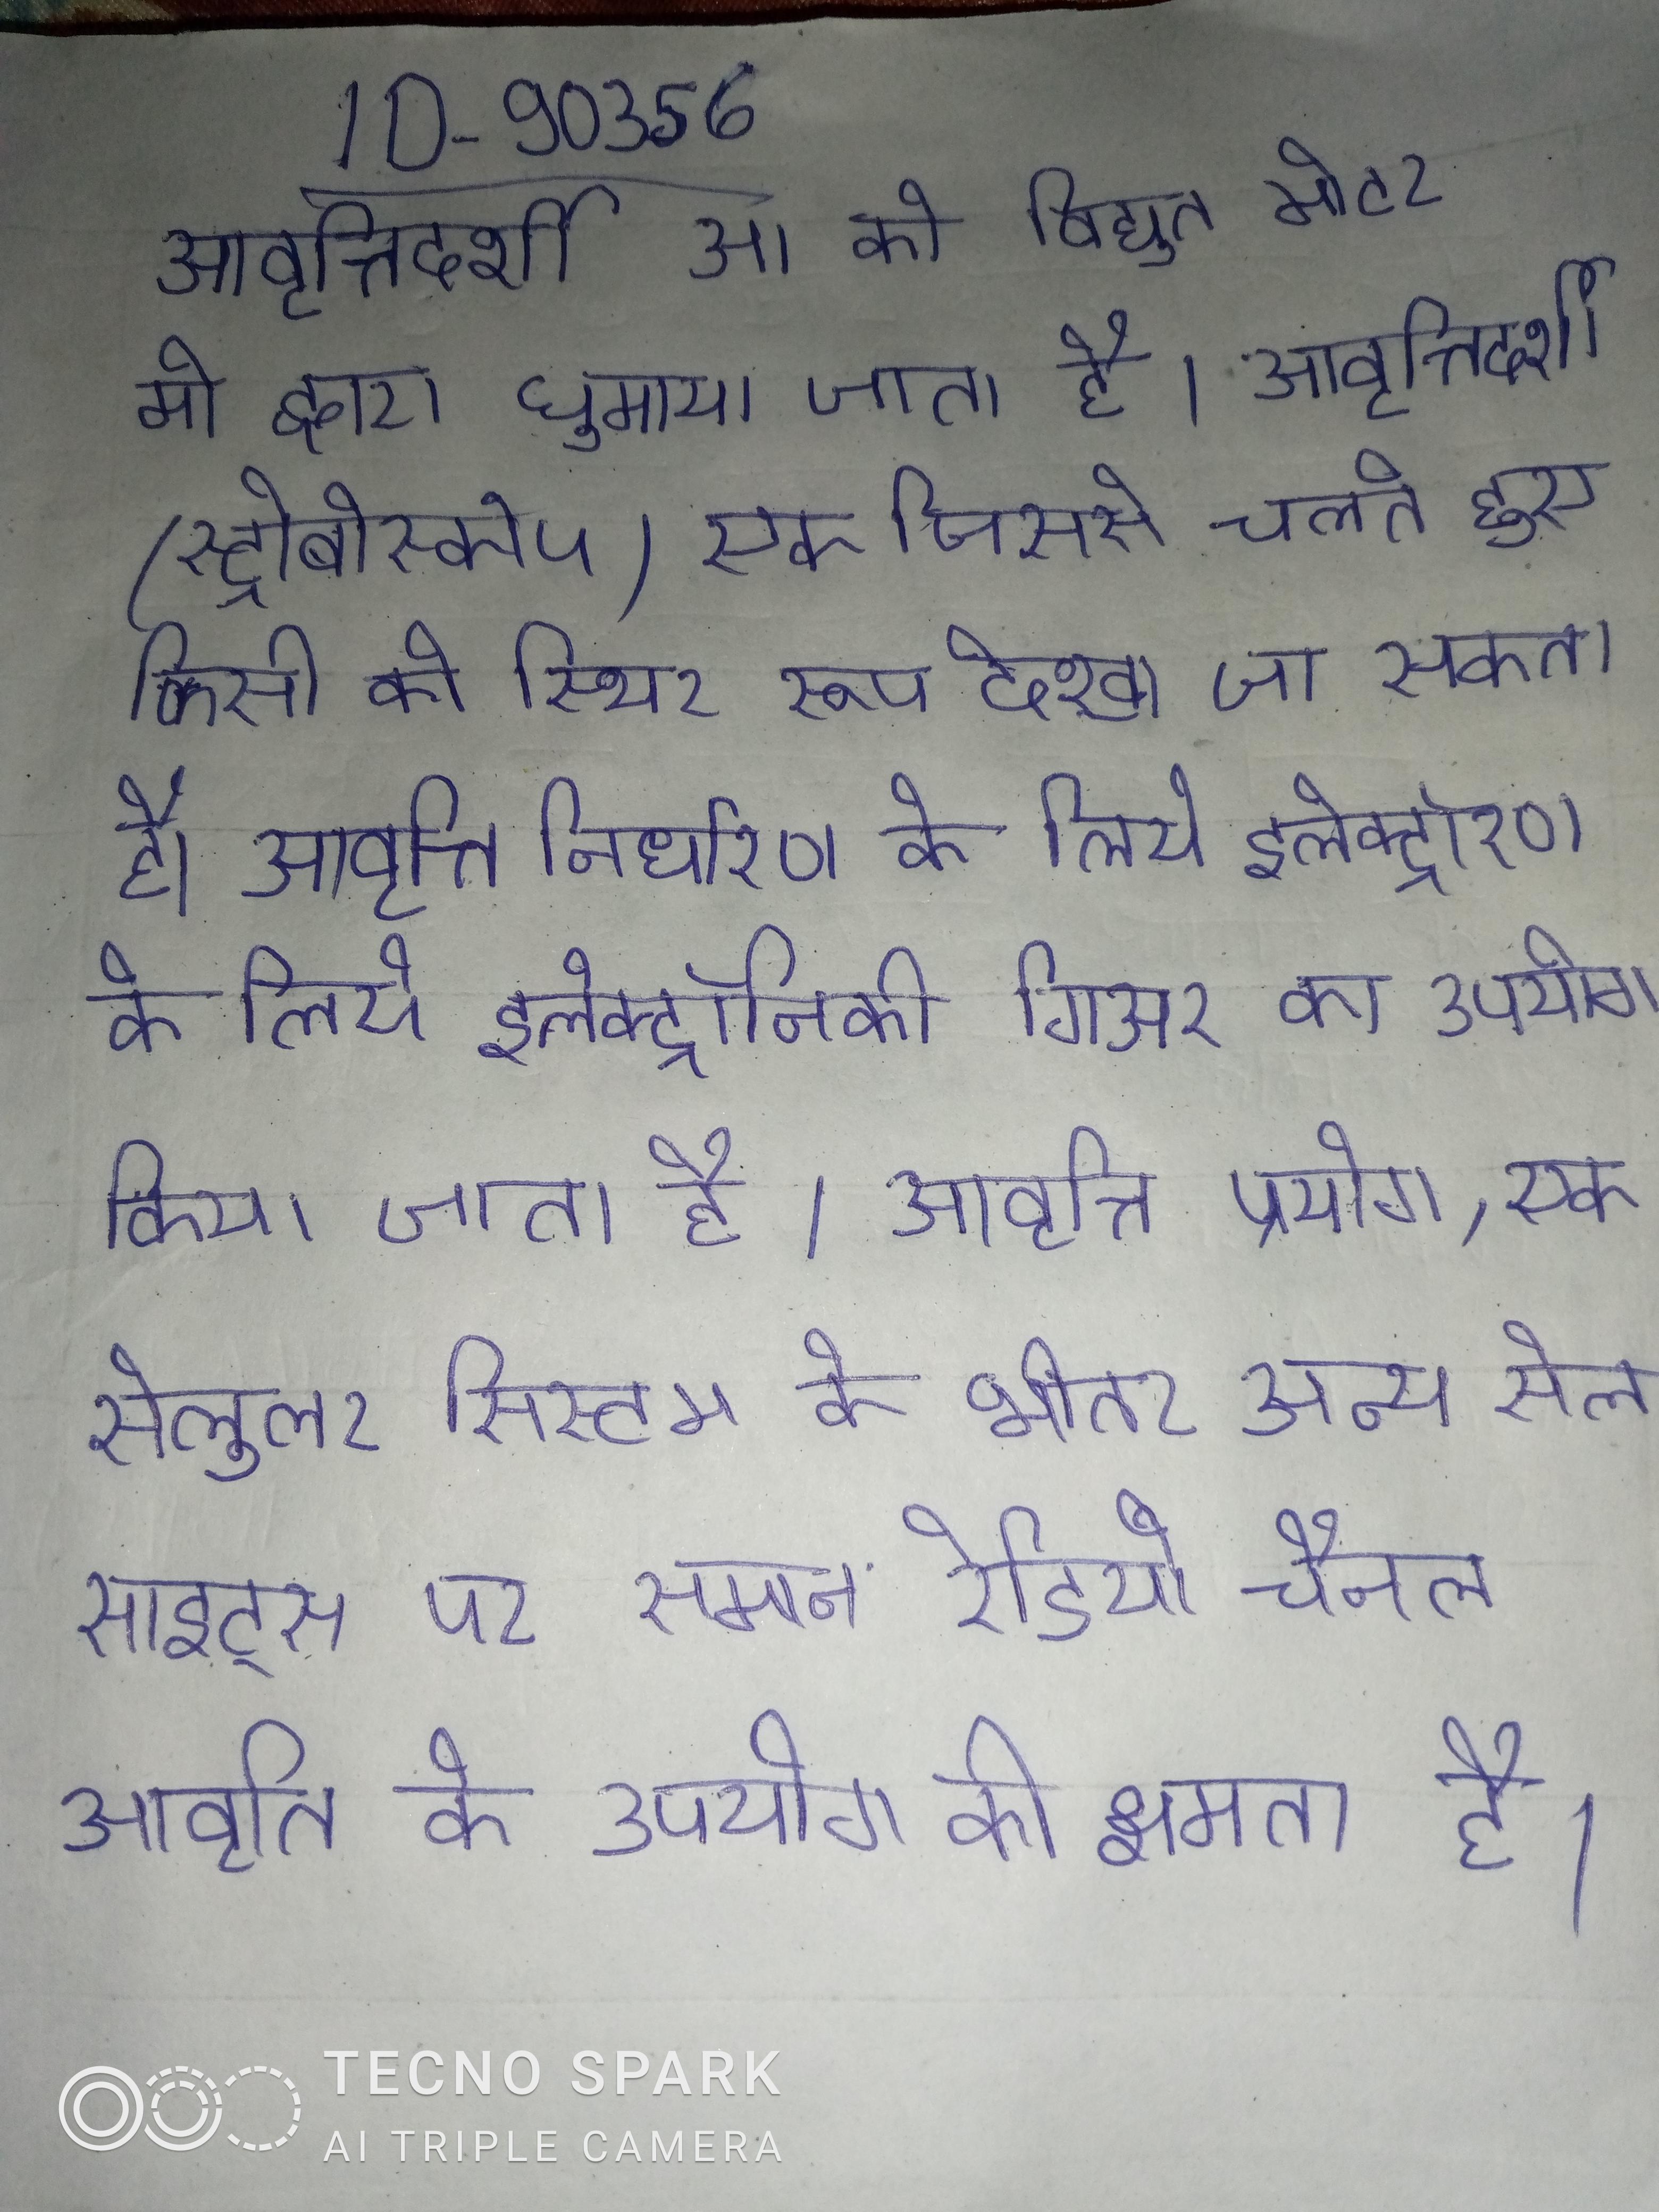
आवृत्तिदर्शी आ को विद्युत मोटर मो द्वारा घुमाया जाता है । आवृत्तिदर्शी (स्ट्रोबोस्कोप) एक जिससे चलते हुए किसी को स्थिर रूप देखा जा सकता है । आवृत्ति निर्धारण के लिये इलेक्ट्रॉनिकी गिअर का उपयोग किया जाता है । आवृत्ति प्रयोग, एक सेलुलर सिस्टम के भीतर अन्य सेल साइट्स पर समान रेडियो चैनल आवृति के उपयोग की क्षमता है ।